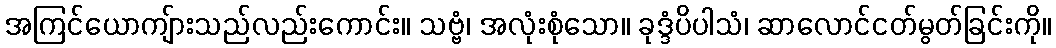
အကြင်ယောကျ်ားသည်လည်းကောင်း။ သဗ္ဗံ၊ အလုံးစုံသော။ ခုဒ္ဒံပိပါသံ၊ ဆာလောင်ငတ်မွတ်ခြင်းကို။